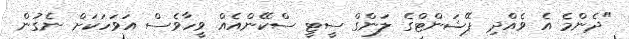
"ދެންމެ އެ ވެއްދި ޕޭޝަންޓްގެ ލަންގް ސީޓީ ސްކޭންއެއް ވީހާވެސް އަވަހަކަށް ނެގުން